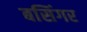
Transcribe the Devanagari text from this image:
बसिंगर